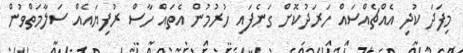
މިފަދަ ކުދި އެއްޗެއްސައް ހަރަދުކޮށް ގަނެފައި ހުރުމުން އެތައް ހާސް ރުފިޔައެއް ސަލާމަތްވުން